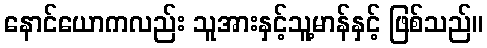
နောင်ယောကလည်း သူအားနှင့်သူ့မာန်နှင့် ဖြစ်သည်။